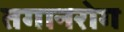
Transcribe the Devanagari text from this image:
तगानरोग